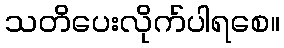
သတိပေးလိုက်ပါရစေ။